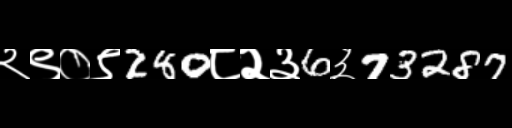
Text: २९०९280८२३6३73287